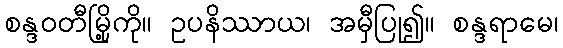
စန္ဒဝတီမြို့ကို။ ဥပနိဿာယ၊ အမှီပြု၍။ စန္ဒရာမေ၊